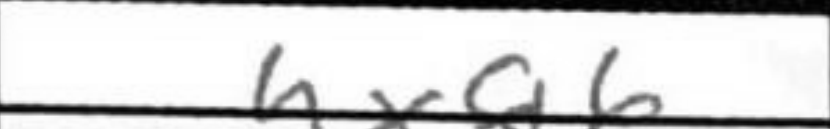
Transcription: hxg6